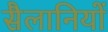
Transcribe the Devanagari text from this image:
सैलानियों